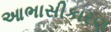
આભાસીકારણ